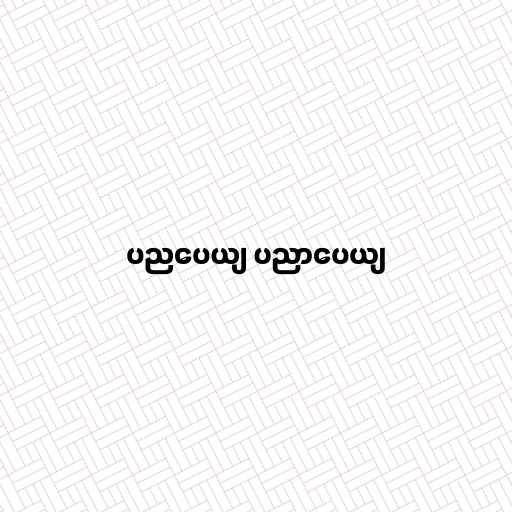
ပညပေယျ ပညာပေယျ